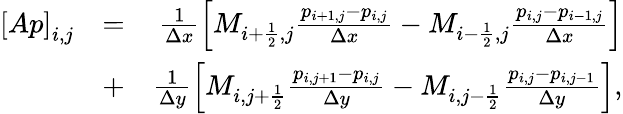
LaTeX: \begin{array}{rlr}{\left[Ap\right]_{i,j}}&{=}&{\frac{1}{\Delta x}\left[M_{i+\frac{1}{2},j}\frac{p_{i+1,j}-p_{i,j}}{\Delta x}-M_{i-\frac{1}{2},j}\frac{p_{i,j}-p_{i-1,j}}{\Delta x}\right]}\\ &{+}&{\frac{1}{\Delta y}\left[M_{i,j+\frac{1}{2}}\frac{p_{i,j+1}-p_{i,j}}{\Delta y}-M_{i,j-\frac{1}{2}}\frac{p_{i,j}-p_{i,j-1}}{\Delta y}\right],}\end{array}